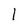
Character: 1